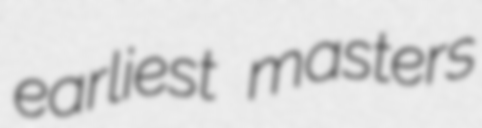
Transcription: earliest masters